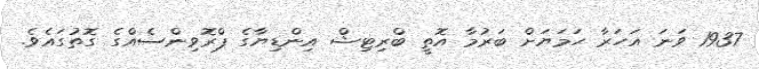
1937 ވަނަ އަހަރާ ހަމަޔަށް ބަރުމާ އޮތީ ބްރިޓިޝް އިންޑިޔާގެ ޕްރޮވިންސެއްގެ ގޮތުގައެވެ.